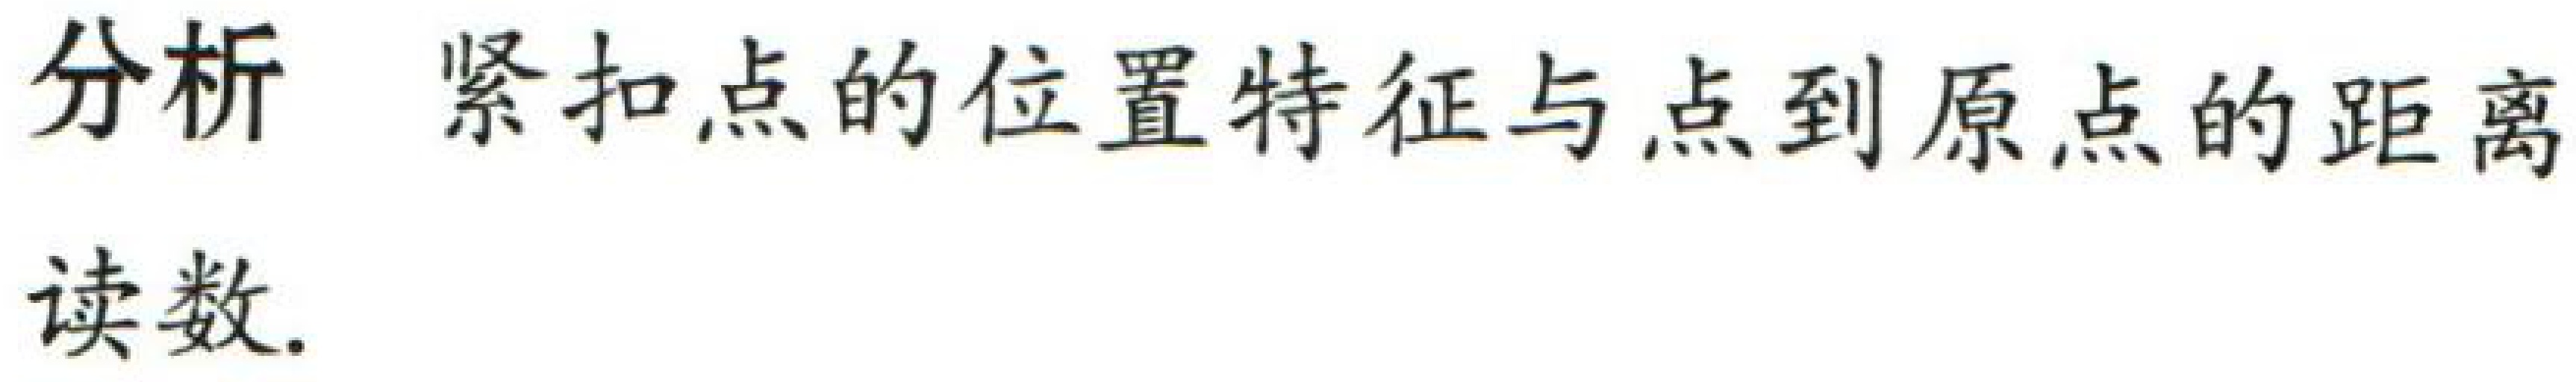
分析 紧扣点的位置特征与点到原点的距离
读数.